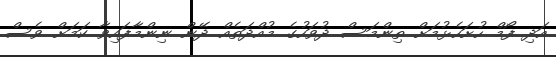
އަދި ފޯމް ހުށަހެޅުމަށް ތިންމަސް ދުވަހުގެ މުއްދަތެއް ދޭން ނިންމާފައިވާ ކަމަށް ވެސް